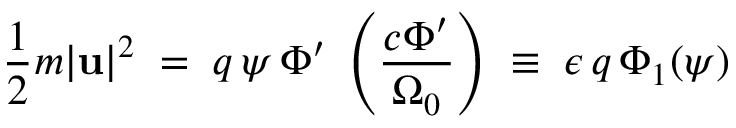
\frac { 1 } { 2 } m | { \bf u } | ^ { 2 } \; = \; q \, \psi \, \Phi ^ { \prime } \; \left( \frac { c \Phi ^ { \prime } } { \Omega _ { 0 } } \right) \; \equiv \; \epsilon \, q \, \Phi _ { 1 } ( \psi )